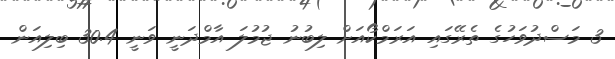
3 މަސްދުވަހުގެ ތެރޭގައި އަރަމްކޯއަށް ލިބުނު ޖުމުލަ އާމްދަނީ ވަނީ 30.4 ބިލިއަން